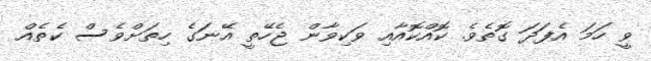
ވީ ހަމަ އެފަދަ ގޮތެވެ. ކޮއްކޮއާއި ވަކިވާން ޖެހޭތީ އޭނަގެ ހިތަށްވެސް ކެތެއް